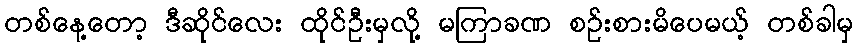
တစ်နေ့တော့ ဒီဆိုင်လေး ထိုင်ဦးမှလို့ မကြာခဏ စဉ်းစားမိပေမယ့် တစ်ခါမှ